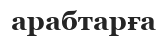
арабтарға